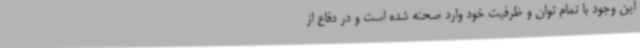
این وجود با تمام توان و ظرفیت خود وارد صحنه شده‌ است و در دفاع از